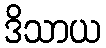
ဒိသာယ